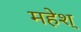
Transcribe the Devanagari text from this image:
महेश्